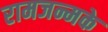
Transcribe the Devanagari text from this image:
रामजन्मके